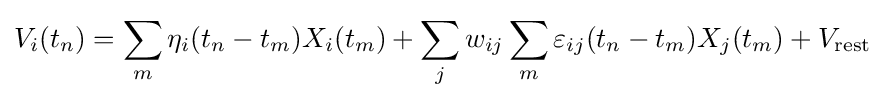
V_{i}(t_{n})=\sum _{m}\eta _{i}(t_{n}-t_{m})X_{i}(t_{m})+\sum _{j}w_{ij}\sum _{m}\varepsilon _{ij}(t_{n}-t_{m})X_{j}(t_{m})+V_{\mathrm {rest} }